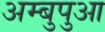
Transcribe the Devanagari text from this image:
अम्बुपुआ